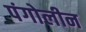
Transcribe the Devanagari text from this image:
पंगोलीन